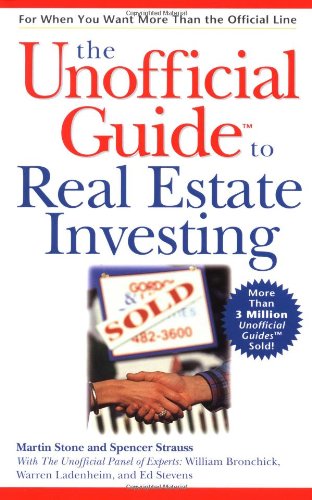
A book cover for The Unofficial Guide to Real Estate Investing; Martin Stone; Business & Money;